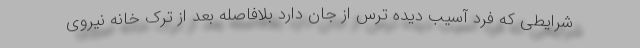
شرایطی که فرد آسیب دیده ترس از جان دارد بلافاصله بعد از ترک خانه نیروی